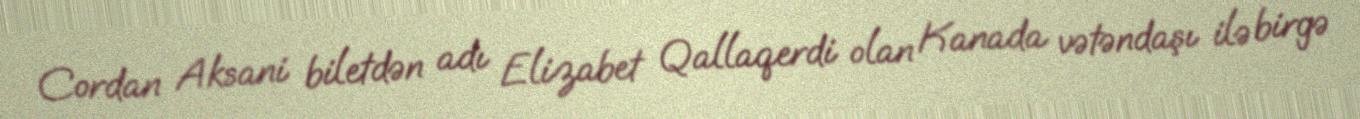
Cordan Aksani biletdən adı Elizabet Qallaqerdi olan Kanada vətəndaşı ilə birgə